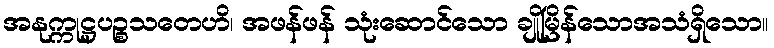
အနုက္ကုဋ္ဌပဉ္စသတေဟိ၊ အဖန်ဖန် သုံးဆောင်သော ချိုမြိန်သောအသံရှိသော။